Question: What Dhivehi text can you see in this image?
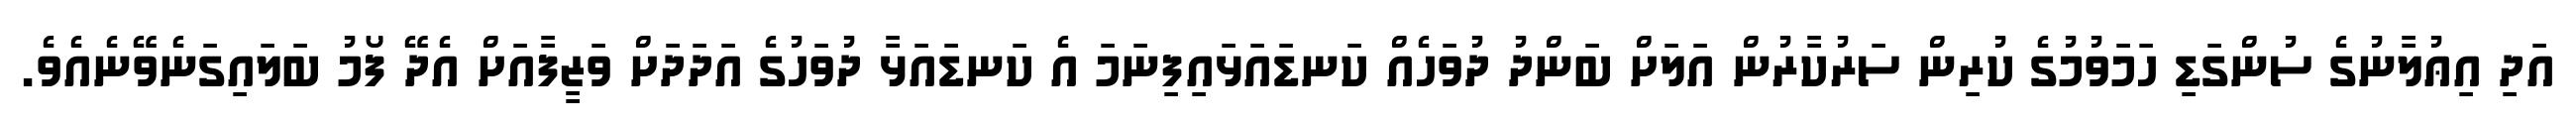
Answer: އަދި އިޢުލާނުގެ ސުންގަޑި ހަމަވުމުގެ ކުރިން ސަރުކާރުން އަލަށް ބަންދު ދުވަހެއް ކަނޑައަޅައިފިނަމަ އެ ކަނޑައަޅާ ދުވަހުގެ އަދަދަށް ވަޒީފާއަށް އެދޭ ފޯމު ބަލައިގަނެވޭނެއެވެ.